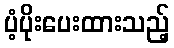
ပံ့ပိုးပေးထားသည့်